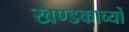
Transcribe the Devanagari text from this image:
खण्डकाव्यों